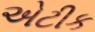
એટીક